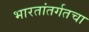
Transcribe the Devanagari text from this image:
भारतांतर्गतचा